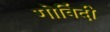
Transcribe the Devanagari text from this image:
गोविंदी